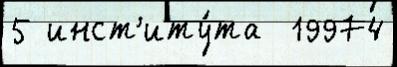
5 инст'иту́та  19974